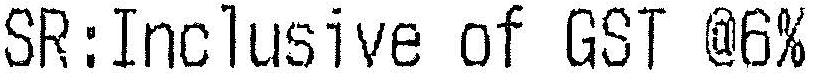
SR:INCLUSIVE OF GST @6%